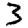
Digit: 3